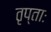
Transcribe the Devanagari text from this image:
तृप्ताः